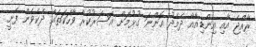
ރާއްޖެ އާއި އިންޑިއާއާ ދެމެދު އޮންނަ ގުޅުމަށް އަސަރުކުރާ ވާހަކަތައް ދެކެވެން ފެށީ